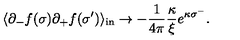
\langle \partial _ { - } f ( \sigma ) \partial _ { + } f ( \sigma ^ { \prime } ) \rangle _ { \mathrm { { i n } } } \rightarrow - \frac { 1 } { 4 \pi } \frac { \kappa } { \xi } e ^ { \kappa \sigma ^ { - } } .